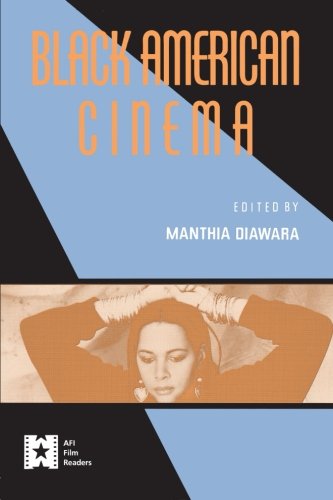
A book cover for Black American Cinema (AFI Film Readers); Humor & Entertainment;